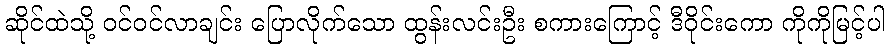
ဆိုင်ထဲသို့ ဝင်ဝင်လာချင်း ပြောလိုက်သော ထွန်းလင်းဦး စကားကြောင့် ဒီဝိုင်းကော ကိုကိုမြင့်ပါ